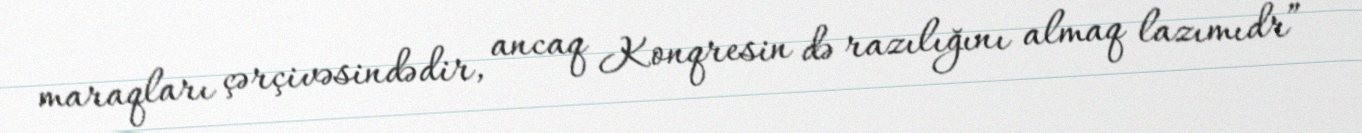
maraqları çərçivəsindədir, ancaq Konqresin də razılığını almaq lazımıdr”